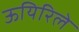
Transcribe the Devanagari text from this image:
ऊयिरिले